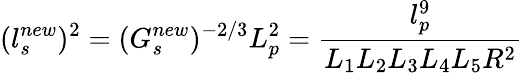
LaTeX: (l_{s}^{new})^{2}=(G_{s}^{new})^{-2/3}L_{p}^{2}=\frac{l_{p}^{9}}{L_{1}L_{2}L_{3}L_{4}L_{5}R^{2}}